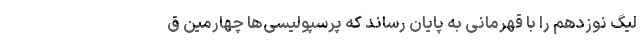
لیگ نوزدهم را با قهرمانی به پایان رساند که پرسپولیسی‌ها چهارمین ق